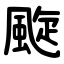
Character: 颴